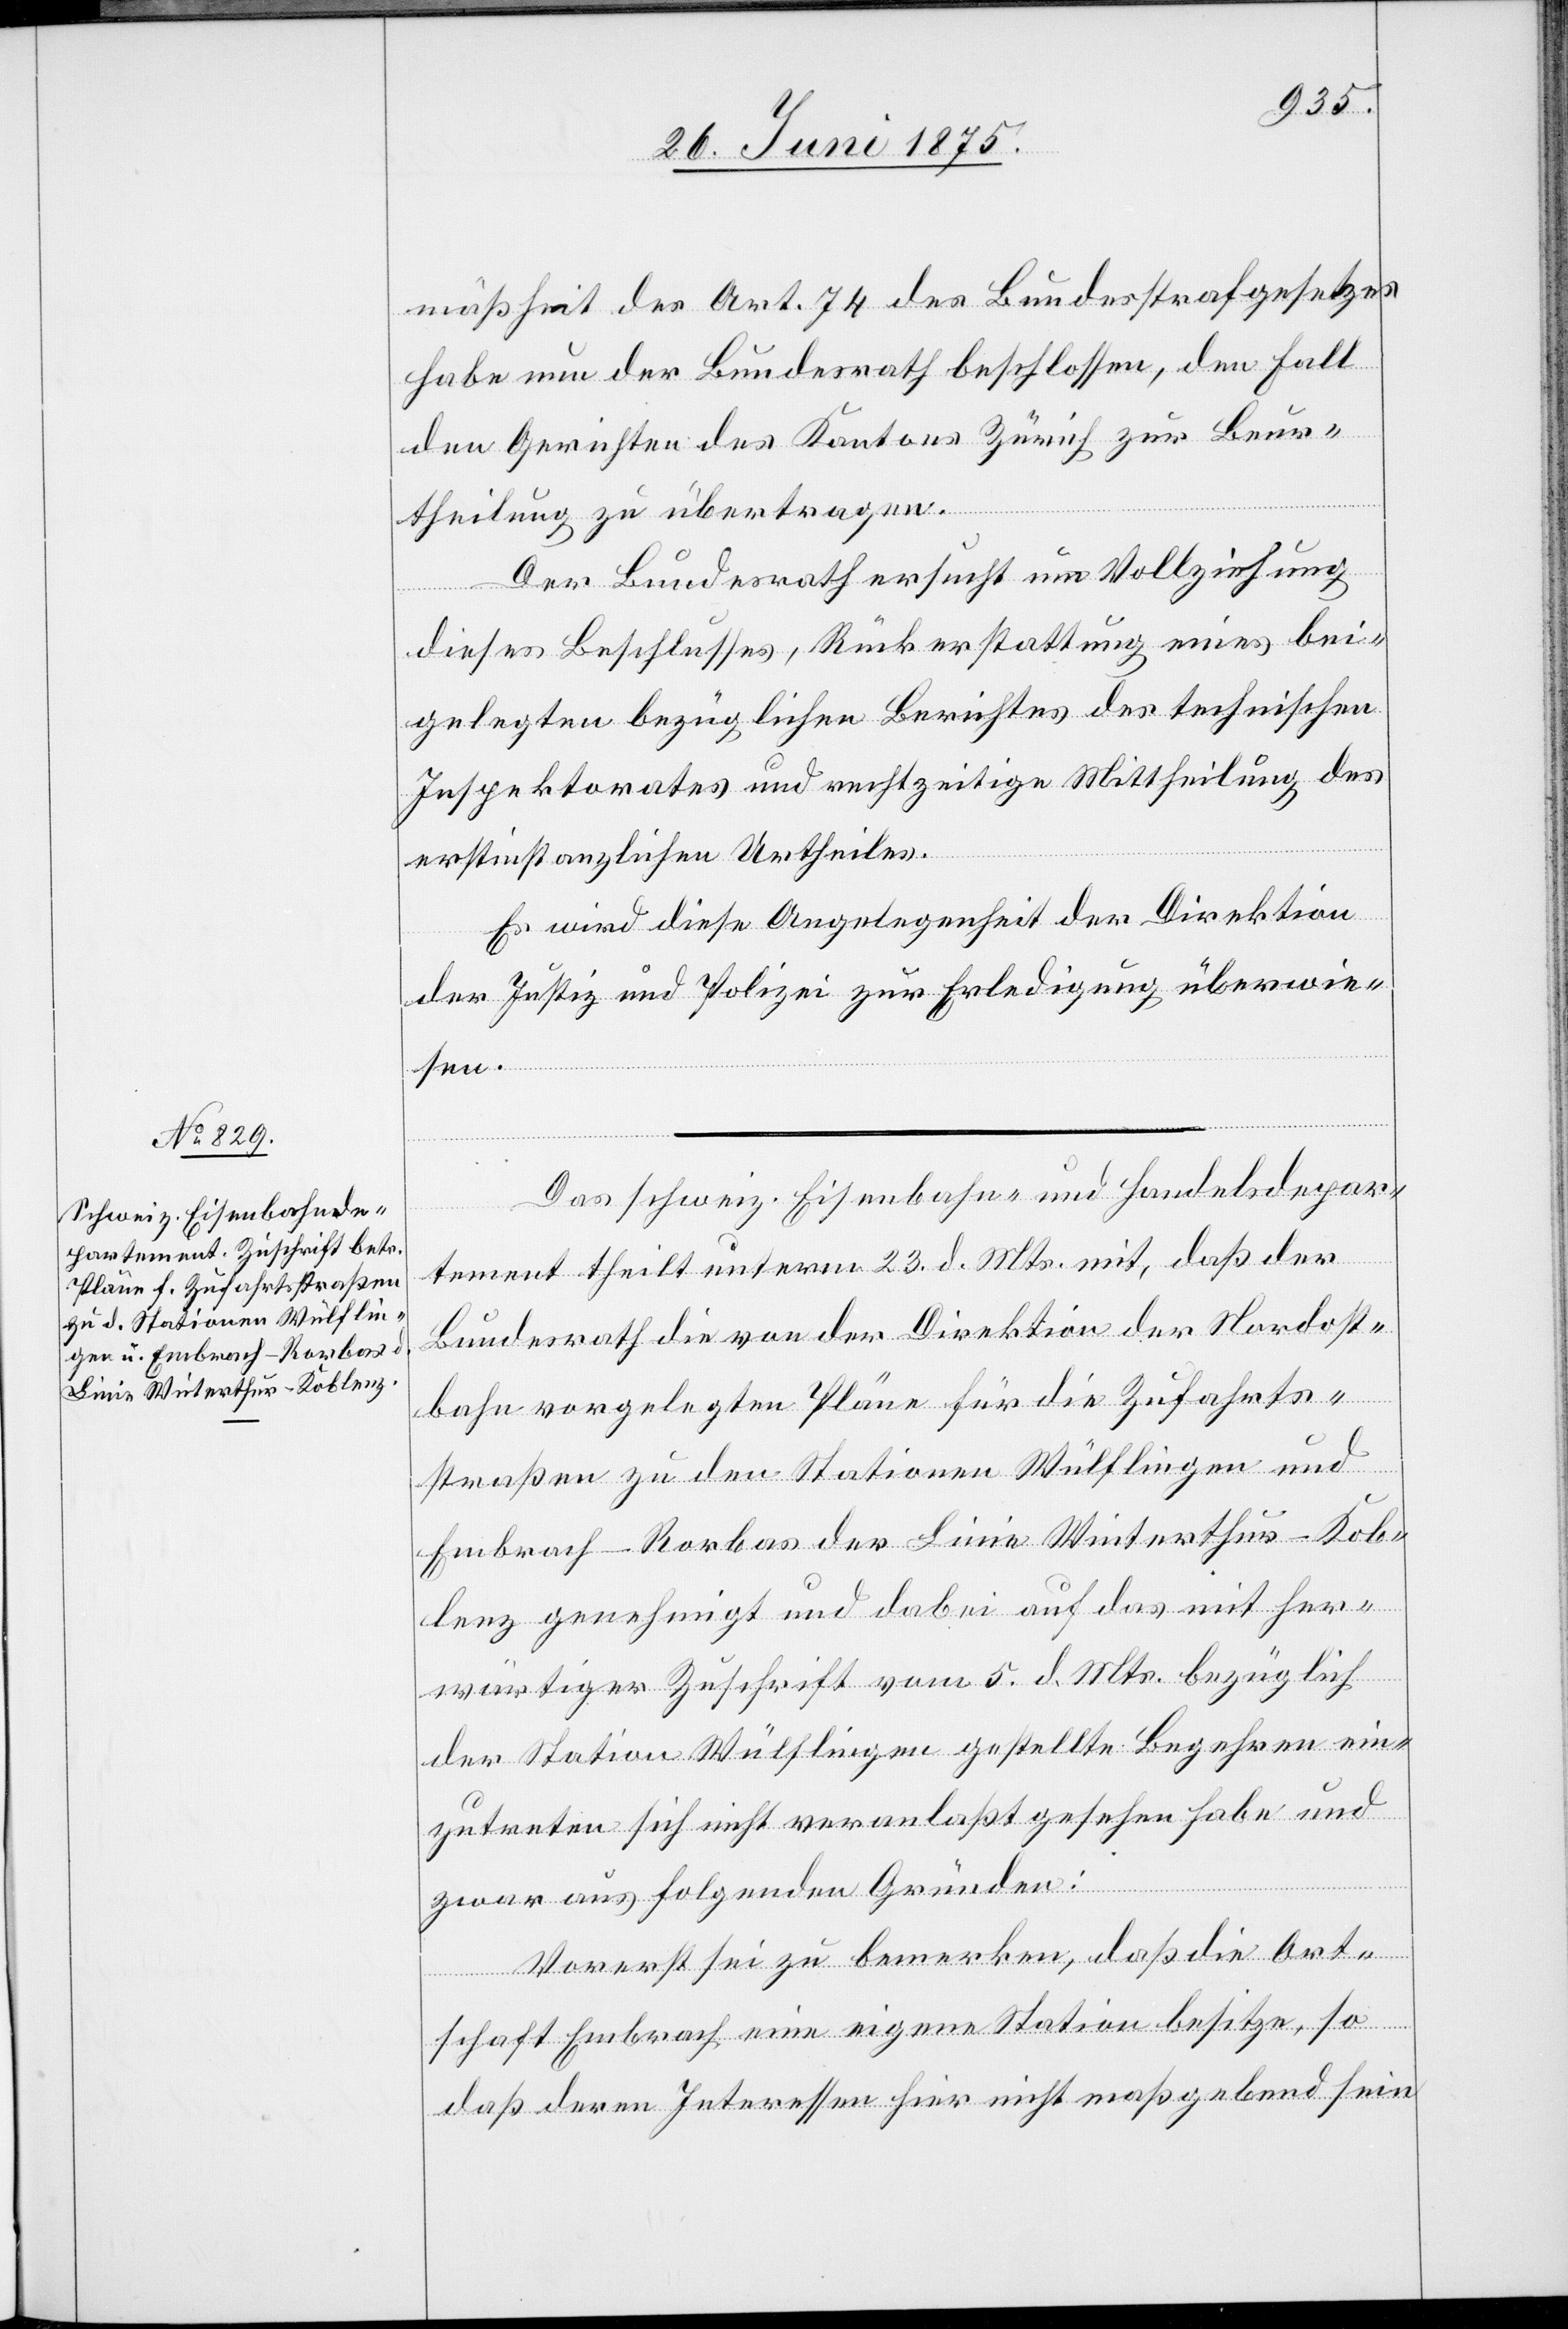
mäßheit des Art. 74 des Bundesstrafgesetzes
habe nun der Bundesrath beschlossen, den Fall
den Gerichten des Kantons Zürich zur Beur¬
theilung übertragen.
Der Bundesrath ersucht um Vollziehung
dieses Beschlusses, Rückerstattung eines bei¬
gelegten bezüglichen Berichtes des technischen
Inspektorates und rechtzeitige Mittheilung des
erstinstanzlichen Urtheiles.
Es wird diese Angelegenheit der Direktion
der Justiz und Polizei zur Erledigung überwie¬
sen.
Das schweiz. Eisenbahn- und Handelsdepar¬
tement theilt unterm 23. d. Mts. mit, daß der
Bundesrath die von der Direktion der Nordost¬
bahn vorgelegten Pläne für die Zufahrts¬
straßen zu den Stationen Wülflingen und
Embrach-Rorbas der Linie Winterthur–Kob¬
lenz genehmigt und dabei auf das mit her¬
wärtiger Zuschrift vom 5. d. Mts. bezüglich
der Station Wülflingen gestellte Begehren ein¬
zutreten sich nicht veranlaßt gesehen habe und
zwar aus folgenden Gründen:
Vorerst sei zu bemerken, daß die Ort¬
schaft Embrach eine eigene Station besitze, so
daß deren Interessen hier nicht maßgebend sein